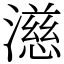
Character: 濨